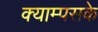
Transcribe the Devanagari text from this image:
क्याम्पसके